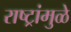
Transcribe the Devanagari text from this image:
राष्ट्रांमुळे